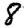
Digit: 8